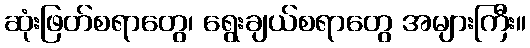
ဆုံးဖြတ်စရာတွေ၊ ရွေးချယ်စရာတွေ အများကြီး။